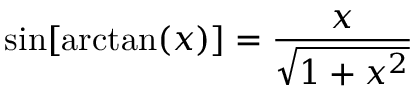
\sin [ \arctan ( x ) ] = { \frac { x } { \sqrt { 1 + x ^ { 2 } } } }